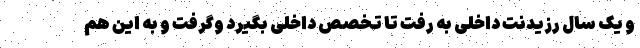
و یک سال رزیدنت داخلی به رفت تا تخصص داخلی بگیرد وگرفت و به این هم